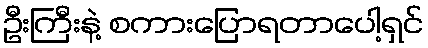
ဦးကြီးနဲ့ စကားပြောရတာပေါ့ရှင်